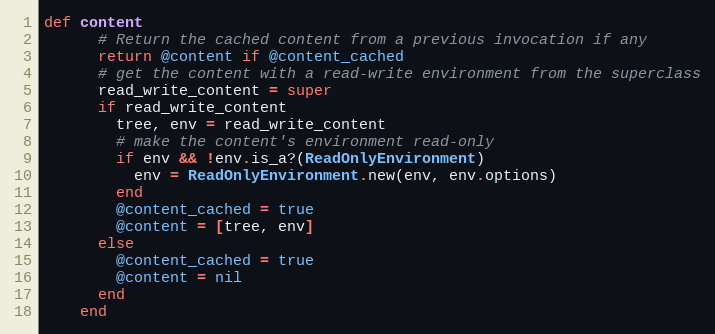
Language: Ruby
def content
      # Return the cached content from a previous invocation if any
      return @content if @content_cached
      # get the content with a read-write environment from the superclass
      read_write_content = super
      if read_write_content
        tree, env = read_write_content
        # make the content's environment read-only
        if env && !env.is_a?(ReadOnlyEnvironment)
          env = ReadOnlyEnvironment.new(env, env.options)
        end
        @content_cached = true
        @content = [tree, env]
      else
        @content_cached = true
        @content = nil
      end
    end